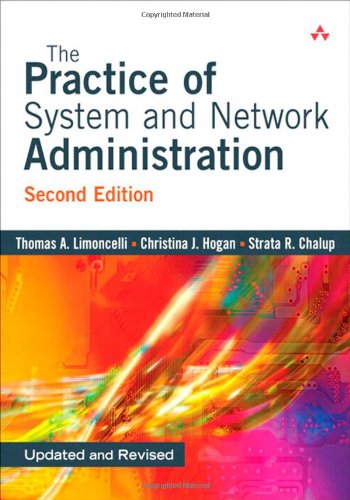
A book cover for The Practice of System and Network Administration, Second Edition; Thomas A. Limoncelli; Engineering & Transportation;